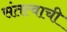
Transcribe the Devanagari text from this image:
संतत्वाची